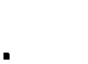
.